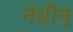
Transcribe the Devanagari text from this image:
नेग्रीनु